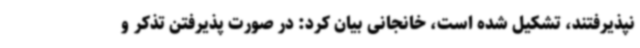
نپذیرفتند، تشکیل شده است، خانجانی بیان کرد: در صورت پذیرفتن تذکر و